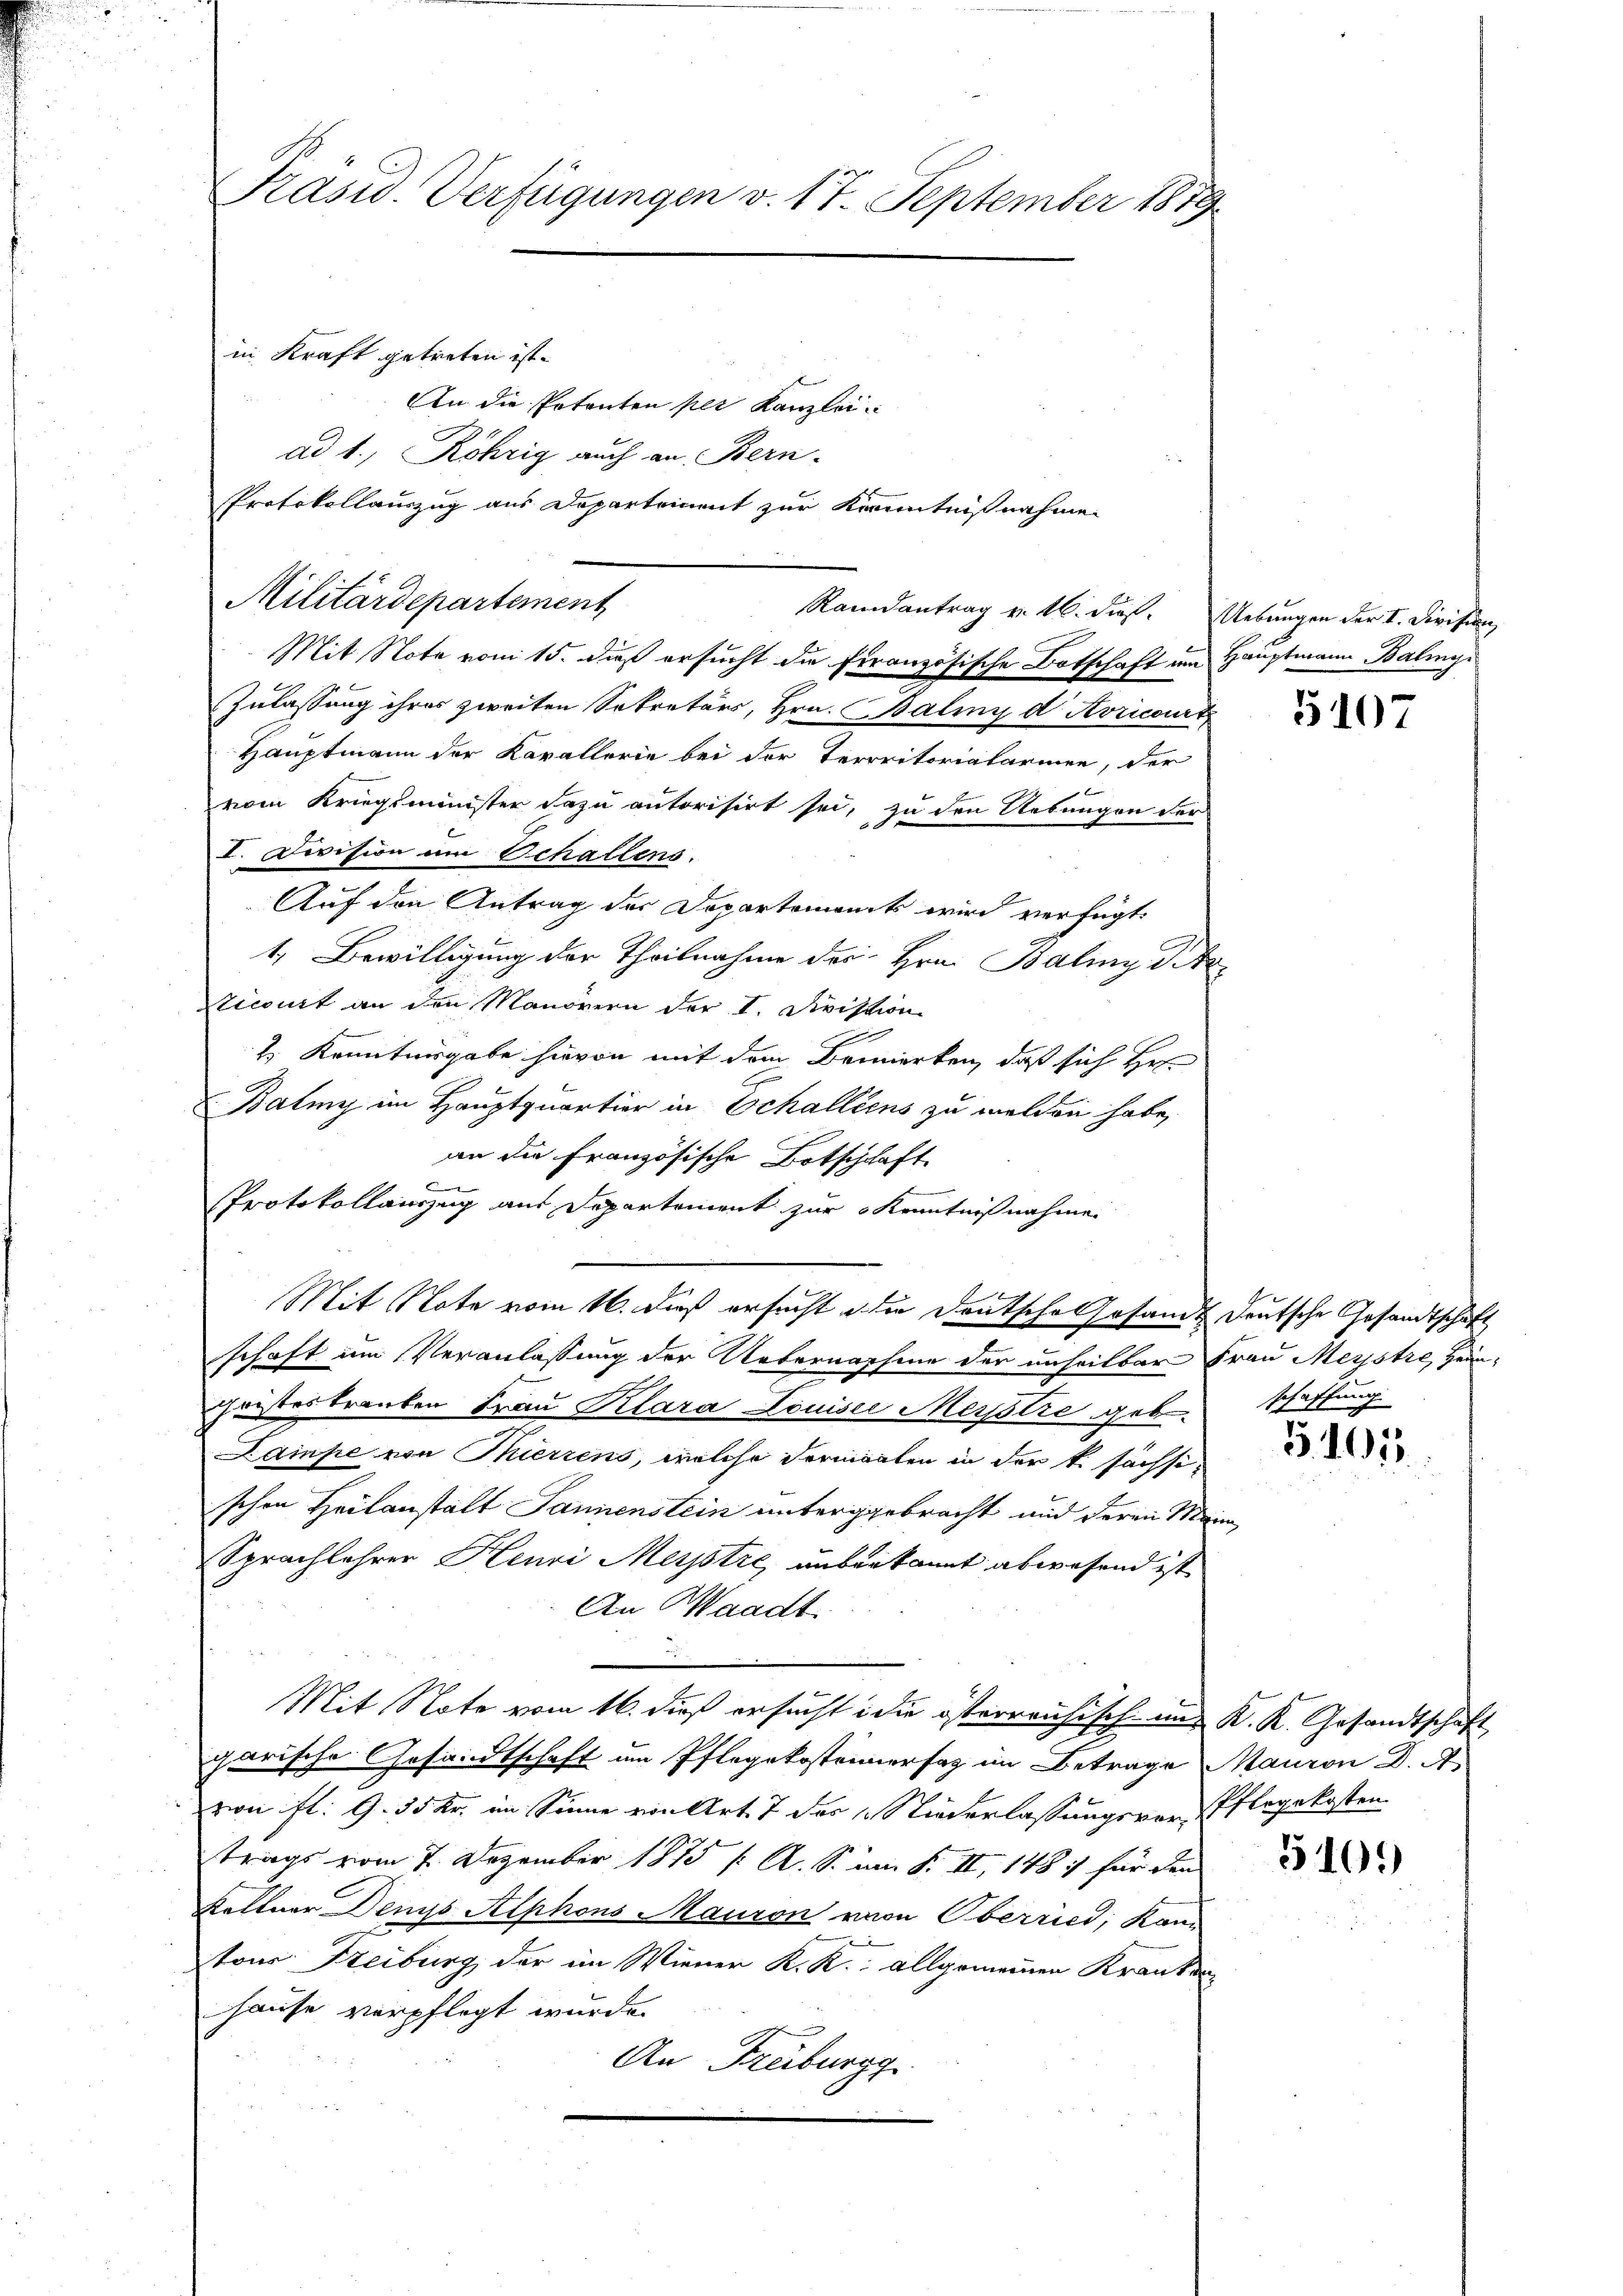
Präsid. Verfügungen v. 17. September 1879
in Kraft getreten ist.
An die Petenten per Kanzlei
ad 1., Röhrig auch an Bern-
Protokollauszug aus Departement zur Kenntnißnahme.

Militärdepartement

Mit Note vom 15. daß ersucht die Französische Botschaft im Hauptmann Balingi
Zulassung ihres zweiten Sekretärs, Hrn. Baliny d. Avricourt
Hauptmann der Kavallerie bei der Terrritorialarinen, der
vom Kriegsminister dazu autorisirt sei, zu den Uebungen der
I. Division am Schallens.
Auf den Antrag der Departements wird verfügt:
1. Bewilligung der Theilnahme des Hrn. Baliny di
vicourt an den Manörern der I. Divistion
e
2. Kenntnisgabe hievon mit dem Bemerken, daß sich Hr.
Bating im Hauptquartier in Schalliens zu melden habe,
an die Französische Botschaft
e
Protokollauszug aus Departement zur Kenntnißnahme.
Mit Note vom 16. dieß ersucht die Deutsche Gesandt deutsche Gesandtschaft
schaft um Veranlassung der Uebernahme der unheitbar Frau Merstre, Hein¬
Christes tranken Frau Klara Louisse Merstre geb
Lampe von Thierrens, welche dermanten in der k. sächsischon Heilanstalt Jannenstein untergebracht und deren Mein
Sprachlehrer Henri Meistré auberkannt abwesend ist,
An Waadt.
Mit Note vom 16. dieß ersucht in die österreichisch- und K. K. Gesandtschaft
garische Gesandtschaft um Pflegekostennersag im Betrage Mauron Dr. A
vion fl. 9. 55 kr. im Sinne von Art. 7 des Niederlassungsver-Pflegekosten
trags vom 7. Dezember 1875 / A. S. am F. II, 148 :/ für den
keltner Denys Alphons Mauron von Oberried, Kan
tons Freiburg, der im Wiener K. K. allgemeinen Kranken¬
Hause verpflegt wurde.
An Freiburgg

Randantrag v. 16. dieß. Uebungen der I. Division,

5107

schaffung

3101

5105